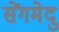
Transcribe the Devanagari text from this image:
सेंगमेदु